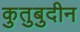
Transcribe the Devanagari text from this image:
कुतुबुदीन